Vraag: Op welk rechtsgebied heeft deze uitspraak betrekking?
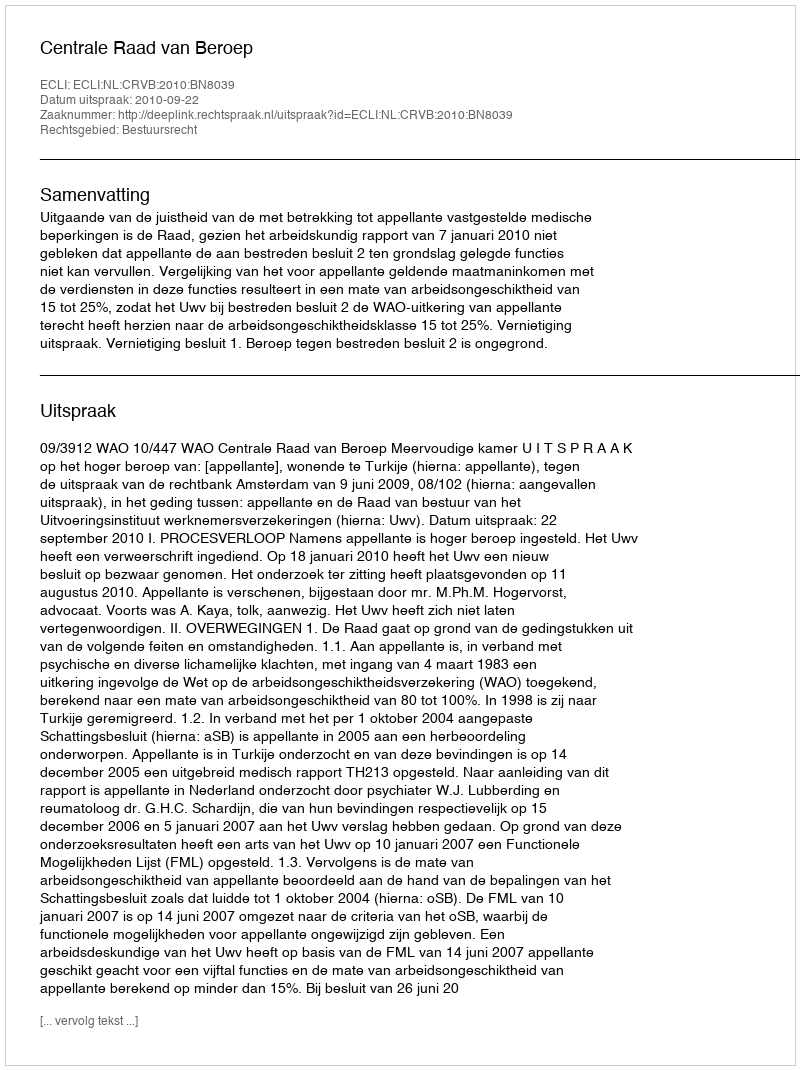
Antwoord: Bestuursrecht